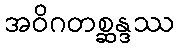
အဝိဂတစ္ဆန္ဒဿ